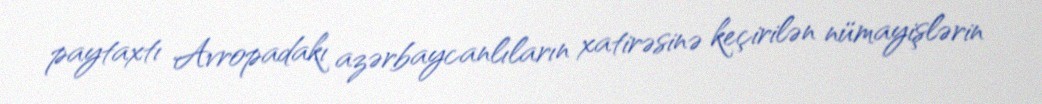
paytaxtı Avropadakı azərbaycanlıların xatirəsinə keçirilən nümayişlərin